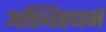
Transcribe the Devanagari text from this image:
अस्थिरधर्म